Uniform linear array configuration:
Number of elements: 8
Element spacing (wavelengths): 0.5
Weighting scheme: uniform
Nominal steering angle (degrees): -60
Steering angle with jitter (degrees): -59.731
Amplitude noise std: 0.05
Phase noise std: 0.05

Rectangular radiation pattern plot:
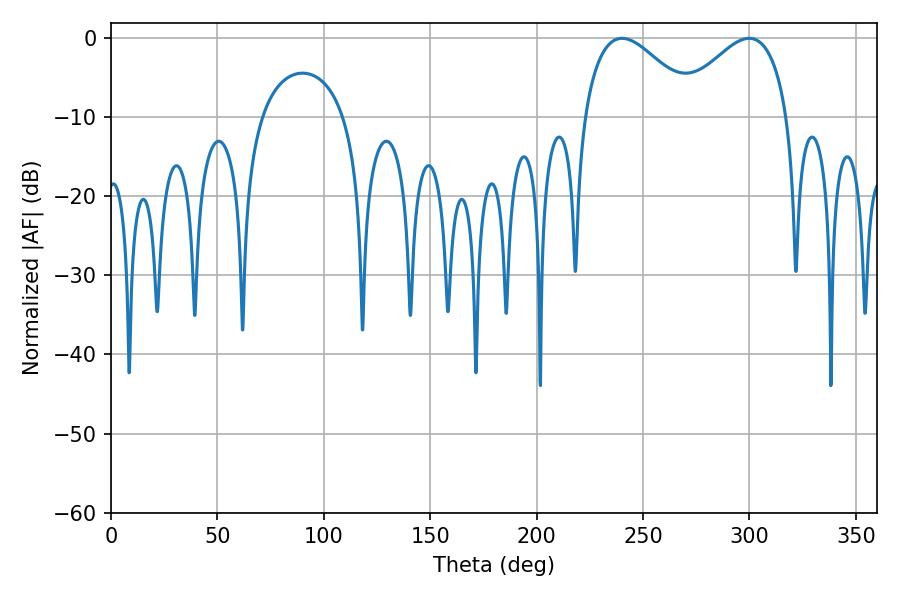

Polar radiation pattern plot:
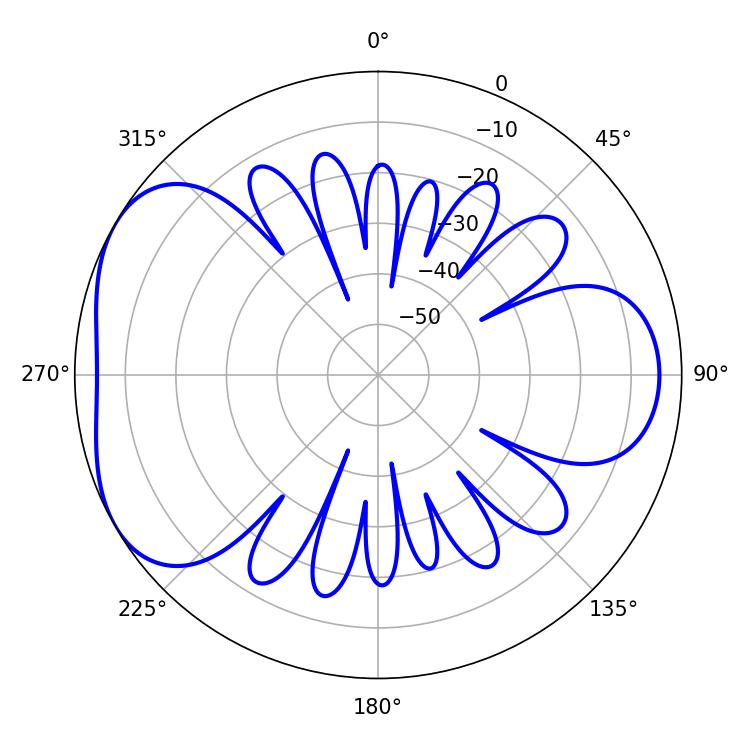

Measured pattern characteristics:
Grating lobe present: FALSE
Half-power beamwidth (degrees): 28.98
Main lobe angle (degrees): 240.12